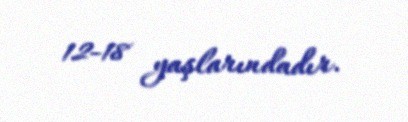
12-18 yaşlarındadır.